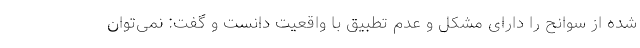
شده از سوانح را دارای مشکل و عدم تطبیق با واقعیت دانست و گفت: نمی‌توان